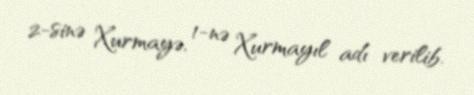
2-sinə Xurmayə, 1-nə Xurmayıl adı verilib.